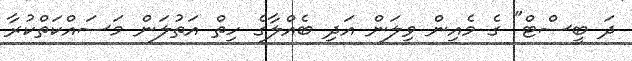
ދަ ބީސްޓް" ގެ މެއިން ވިލަން އަދި ބެއްލާގެ ހިތް އަތުލަން މަސައްކަތްކުރާ